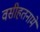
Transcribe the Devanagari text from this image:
वसीहतनामे